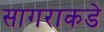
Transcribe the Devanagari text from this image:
सागराकडे